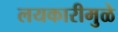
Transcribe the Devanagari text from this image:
लयकारीमुळे